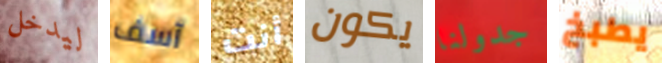
ليدخل آسف أنت يكون جدولنا يطبخ